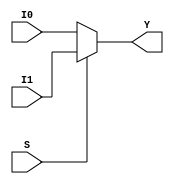
module mux21 #(
  parameter N = 32
  )
  (output [N-1:0] Y,
  input [N-1:0] I0,
  input [N-1:0] I1,
  input S
  );
  

  assign Y = (S)? I1:I0;
  
endmodule